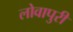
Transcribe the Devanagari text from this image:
लोवापुरी